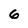
Character: 6